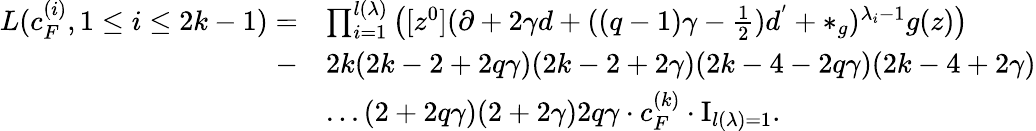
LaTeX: \begin{array}{rl}{L(c_{F}^{(i)},1\le i\le 2k-1)=}&{\prod_{i=1}^{l(\lambda)}\left([z^{0}](\partial+2\gamma d+((q-1)\gamma-\frac{1}{2})d^{'}+*_{g})^{\lambda_{i}-1}g(z)\right)}\\ {-}&{2k(2k-2+2q\gamma)(2k-2+2\gamma)(2k-4-2q\gamma)(2k-4+2\gamma)}\\ &{...(2+2q\gamma)(2+2\gamma)2q\gamma\cdot c_{F}^{(k)}\cdot\mathrm{I}_{l(\lambda)=1}.}\end{array}